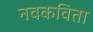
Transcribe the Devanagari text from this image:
नवकविता